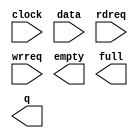
// megafunction wizard: %FIFO%VBB%
// GENERATION: STANDARD
// VERSION: WM1.0
// MODULE: scfifo 

// ============================================================
// Megafunction Name(s):
// 			scfifo
//
// Simulation Library Files(s):
// 			altera_mf
// ============================================================
// ************************************************************
// THIS IS A WIZARD-GENERATED FILE. DO NOT EDIT THIS FILE!
//
// 13.1.0 Build 162 10/23/2013 SJ Web Edition
// ************************************************************

//Copyright (C) 1991-2013 Altera Corporation
//Your use of Altera Corporation's design tools, logic functions 
//and other software and tools, and its AMPP partner logic 
//functions, and any output files from any of the foregoing 
//(including device programming or simulation files), and any 
//associated documentation or information are expressly subject 
//to the terms and conditions of the Altera Program License 
//Subscription Agreement, Altera MegaCore Function License 
//Agreement, or other applicable license agreement, including, 
//without limitation, that your use is for the sole purpose of 
//programming logic devices manufactured by Altera and sold by 
//Altera or its authorized distributors.  Please refer to the 
//applicable agreement for further details.

module audio_fifo (
	clock,
	data,
	rdreq,
	wrreq,
	empty,
	full,
	q);

	input	  clock;
	input	[15:0]  data;
	input	  rdreq;
	input	  wrreq;
	output	  empty;
	output	  full;
	output	[15:0]  q;

endmodule

// ============================================================
// CNX file retrieval info
// ============================================================
// Retrieval info: PRIVATE: AlmostEmpty NUMERIC "0"
// Retrieval info: PRIVATE: AlmostEmptyThr NUMERIC "-1"
// Retrieval info: PRIVATE: AlmostFull NUMERIC "0"
// Retrieval info: PRIVATE: AlmostFullThr NUMERIC "-1"
// Retrieval info: PRIVATE: CLOCKS_ARE_SYNCHRONIZED NUMERIC "1"
// Retrieval info: PRIVATE: Clock NUMERIC "0"
// Retrieval info: PRIVATE: Depth NUMERIC "4096"
// Retrieval info: PRIVATE: Empty NUMERIC "1"
// Retrieval info: PRIVATE: Full NUMERIC "1"
// Retrieval info: PRIVATE: INTENDED_DEVICE_FAMILY STRING "Cyclone V"
// Retrieval info: PRIVATE: LE_BasedFIFO NUMERIC "0"
// Retrieval info: PRIVATE: LegacyRREQ NUMERIC "1"
// Retrieval info: PRIVATE: MAX_DEPTH_BY_9 NUMERIC "0"
// Retrieval info: PRIVATE: OVERFLOW_CHECKING NUMERIC "1"
// Retrieval info: PRIVATE: Optimize NUMERIC "0"
// Retrieval info: PRIVATE: RAM_BLOCK_TYPE NUMERIC "2"
// Retrieval info: PRIVATE: SYNTH_WRAPPER_GEN_POSTFIX STRING "0"
// Retrieval info: PRIVATE: UNDERFLOW_CHECKING NUMERIC "1"
// Retrieval info: PRIVATE: UsedW NUMERIC "0"
// Retrieval info: PRIVATE: Width NUMERIC "16"
// Retrieval info: PRIVATE: dc_aclr NUMERIC "0"
// Retrieval info: PRIVATE: diff_widths NUMERIC "0"
// Retrieval info: PRIVATE: msb_usedw NUMERIC "0"
// Retrieval info: PRIVATE: output_width NUMERIC "16"
// Retrieval info: PRIVATE: rsEmpty NUMERIC "1"
// Retrieval info: PRIVATE: rsFull NUMERIC "1"
// Retrieval info: PRIVATE: rsUsedW NUMERIC "0"
// Retrieval info: PRIVATE: sc_aclr NUMERIC "0"
// Retrieval info: PRIVATE: sc_sclr NUMERIC "0"
// Retrieval info: PRIVATE: wsEmpty NUMERIC "0"
// Retrieval info: PRIVATE: wsFull NUMERIC "1"
// Retrieval info: PRIVATE: wsUsedW NUMERIC "0"
// Retrieval info: LIBRARY: altera_mf altera_mf.altera_mf_components.all
// Retrieval info: CONSTANT: ADD_RAM_OUTPUT_REGISTER STRING "OFF"
// Retrieval info: CONSTANT: INTENDED_DEVICE_FAMILY STRING "Cyclone V"
// Retrieval info: CONSTANT: LPM_HINT STRING "RAM_BLOCK_TYPE=M10K"
// Retrieval info: CONSTANT: LPM_NUMWORDS NUMERIC "4096"
// Retrieval info: CONSTANT: LPM_SHOWAHEAD STRING "OFF"
// Retrieval info: CONSTANT: LPM_TYPE STRING "scfifo"
// Retrieval info: CONSTANT: LPM_WIDTH NUMERIC "16"
// Retrieval info: CONSTANT: LPM_WIDTHU NUMERIC "12"
// Retrieval info: CONSTANT: OVERFLOW_CHECKING STRING "OFF"
// Retrieval info: CONSTANT: UNDERFLOW_CHECKING STRING "OFF"
// Retrieval info: CONSTANT: USE_EAB STRING "ON"
// Retrieval info: USED_PORT: clock 0 0 0 0 INPUT NODEFVAL "clock"
// Retrieval info: USED_PORT: data 0 0 16 0 INPUT NODEFVAL "data[15..0]"
// Retrieval info: USED_PORT: empty 0 0 0 0 OUTPUT NODEFVAL "empty"
// Retrieval info: USED_PORT: full 0 0 0 0 OUTPUT NODEFVAL "full"
// Retrieval info: USED_PORT: q 0 0 16 0 OUTPUT NODEFVAL "q[15..0]"
// Retrieval info: USED_PORT: rdreq 0 0 0 0 INPUT NODEFVAL "rdreq"
// Retrieval info: USED_PORT: wrreq 0 0 0 0 INPUT NODEFVAL "wrreq"
// Retrieval info: CONNECT: @clock 0 0 0 0 clock 0 0 0 0
// Retrieval info: CONNECT: @data 0 0 16 0 data 0 0 16 0
// Retrieval info: CONNECT: @rdreq 0 0 0 0 rdreq 0 0 0 0
// Retrieval info: CONNECT: @wrreq 0 0 0 0 wrreq 0 0 0 0
// Retrieval info: CONNECT: empty 0 0 0 0 @empty 0 0 0 0
// Retrieval info: CONNECT: full 0 0 0 0 @full 0 0 0 0
// Retrieval info: CONNECT: q 0 0 16 0 @q 0 0 16 0
// Retrieval info: GEN_FILE: TYPE_NORMAL audio_fifo.v TRUE
// Retrieval info: GEN_FILE: TYPE_NORMAL audio_fifo.inc FALSE
// Retrieval info: GEN_FILE: TYPE_NORMAL audio_fifo.cmp FALSE
// Retrieval info: GEN_FILE: TYPE_NORMAL audio_fifo.bsf FALSE
// Retrieval info: GEN_FILE: TYPE_NORMAL audio_fifo_inst.v FALSE
// Retrieval info: GEN_FILE: TYPE_NORMAL audio_fifo_bb.v TRUE
// Retrieval info: LIB_FILE: altera_mf